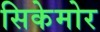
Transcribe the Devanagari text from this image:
सिकेमोर